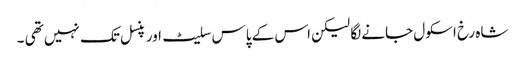
شاہ رخ اسکول جانے لگا لیکن اس کے پاس سلیٹ اور پنسل تک نہیں تھی ۔